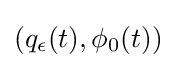
(q_{\epsilon }(t),\phi _{0}(t))